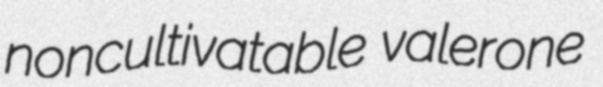
noncultivatable valerone